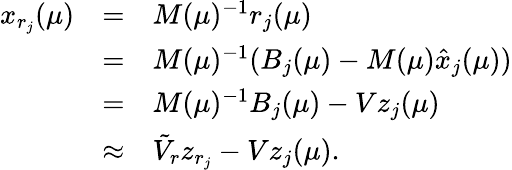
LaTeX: \begin{array}{rcl}{x_{r_{j}}(\mu)}&{=}&{M(\mu)^{-1}r_{j}(\mu)}\\ &{=}&{M(\mu)^{-1}(B_{j}(\mu)-M(\mu)\hat{x}_{j}(\mu))}\\ &{=}&{M(\mu)^{-1}B_{j}(\mu)-Vz_{j}(\mu)}\\ &{\approx}&{\tilde{V}_{r}z_{r_{j}}-Vz_{j}(\mu).}\end{array}